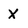
Character: x